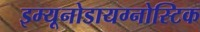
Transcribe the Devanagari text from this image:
इम्यूनोडायग्नोस्टिक